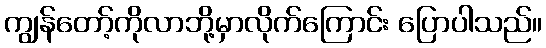
ကျွန်တော့်ကိုလာဘို့မှာလိုက်ကြောင်း ပြောပါသည်။